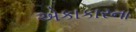
એકાકારના